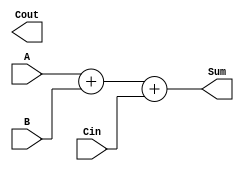
module CarryBypassAdder (
    input [31:0] A,
    input [31:0] B,
    input Cin,
    output [31:0] Sum,
    output Cout
);

wire [31:0] G, P;
wire [30:0] C;

genvar i;
generate
    for (i = 0; i < 31; i = i + 1) begin : gen_carry
        assign G[i] = A[i] & B[i];
        assign P[i] = A[i] ^ B[i];
    end

    for (i = 0; i < 30; i = i + 1) begin : gen_propagate
        assign C[i+1] = G[i] | (P[i] & C[i]);
    end

    assign C[0] = Cin;
endgenerate

assign Sum = A + B + Cin;
assign Cout = C[31];

endmodule